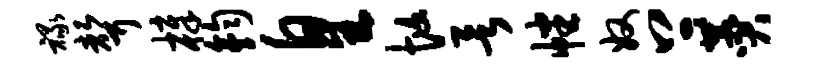
禄声樟钧皇忙欲幡奴上赞